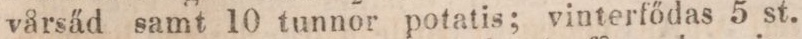
vårsäd samt 10 tunnor potatis; vinterfődas 5 st.